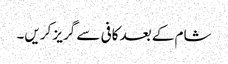
شام کے بعد کافی سے گریز کریں۔